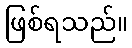
ဖြစ်ရသည်။